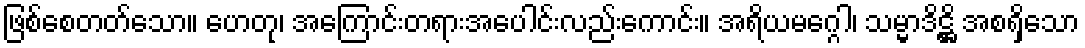
ဖြစ်စေတတ်သော။ ဟေတု၊ အကြောင်းတရားအပေါင်းလည်းကောင်း။ အရိယမဂ္ဂေါ၊ သမ္မာဒိဋ္ဌိ အစရှိသော